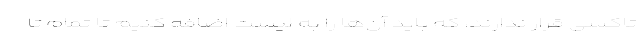
تاکسی قرار ندارند، که باید آن‌ها را به لیست اضافه کنیم تا تمام تا